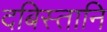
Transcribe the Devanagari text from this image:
दबिस्तानि